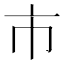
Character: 市